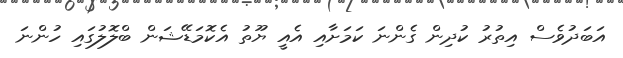
އަބަދުވެސް އިތުރު ކުދިން ގެންނަ ކަމަށާއި އެއީ ޔޫތު އެކޮމަޑޭޝަން ބްލޮލުގައި ހުންނަ